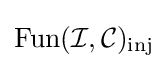
\operatorname {Fun} ({\mathcal {I}},{\mathcal {C}})_{\mathrm {inj} }